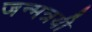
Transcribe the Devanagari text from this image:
जन्मत्रयी